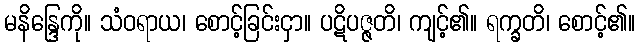
မနိန္ဒြေကို။ သံဝရာယ၊ စောင့်ခြင်းငှာ။ ပဋိပဇ္ဇတိ၊ ကျင့်၏။ ရက္ခတိ၊ စောင့်၏။